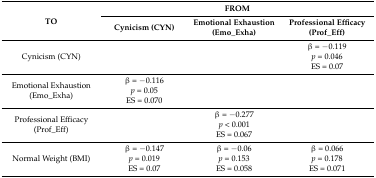
| <ROWSPAN=2> TO | <COLSPAN=3> FROM |
 | Cynicism (CYN) | Emotional Exhaustion (Emo_Exha) | Professional Efficacy (Prof_Eff) |
 | --- | --- | --- | --- |
 | Cynicism (CYN) |  |  | β = −0.119 p = 0.046 ES = 0.07 |
 | Emotional Exhaustion (Emo_Exha) | β = −0.116 p = 0.05 ES = 0.070 |  |  |
 | Professional Efficacy (Prof_Eff) |  | β = −0.277 p ˂ 0.001 ES = 0.067 |  |
 | Normal Weight (BMI) | β = −0.147 p = 0.019 ES = 0.07 | β = −0.06 p = 0.153 ES = 0.058 | β = 0.066 p = 0.178 ES = 0.071 |